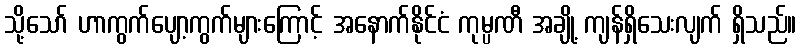
သို့သော် ဟာကွက်ပျော့ကွက်များကြောင့် အနောက်နိုင်ငံ ကုမ္ပဏီ အချို့ ကျန်ရှိသေးလျက် ရှိသည်။